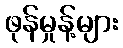
ဖုန်မှုန့်များ